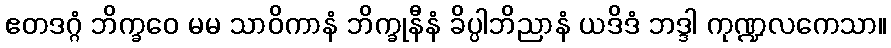
ဧတဒဂ္ဂံ ဘိက္ခဝေ မမ သာဝိကာနံ ဘိက္ခုနီနံ ခိပ္ပါဘိညာနံ ယဒိဒံ ဘဒ္ဒါ ကုဏ္ဍလကေသာ။